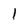
Character: I